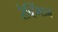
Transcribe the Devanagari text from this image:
रेव्हिंग्टन